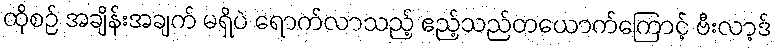
ထိုစဉ် အချိန်းအချက် မရှိပဲ ရောက်လာသည့် ဧည့်သည်တယောက်ကြောင့် ဗီးလာ့ဒ်